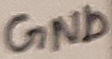
Text: GND